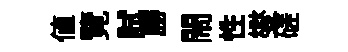
値覽試勝閙性燮磋